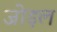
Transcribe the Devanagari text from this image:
जोड़ल